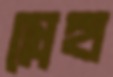
স্নেহা